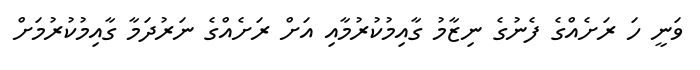
ވަނީ ހަ ރަށެއްގެ ފެނުގެ ނިޒާމު ގާއިމުކުރުމާއި އަށް ރަށެއްގެ ނަރުދަމާ ގާއިމުކުރުމަށް